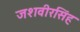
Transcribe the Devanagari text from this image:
जशवीरसिंह